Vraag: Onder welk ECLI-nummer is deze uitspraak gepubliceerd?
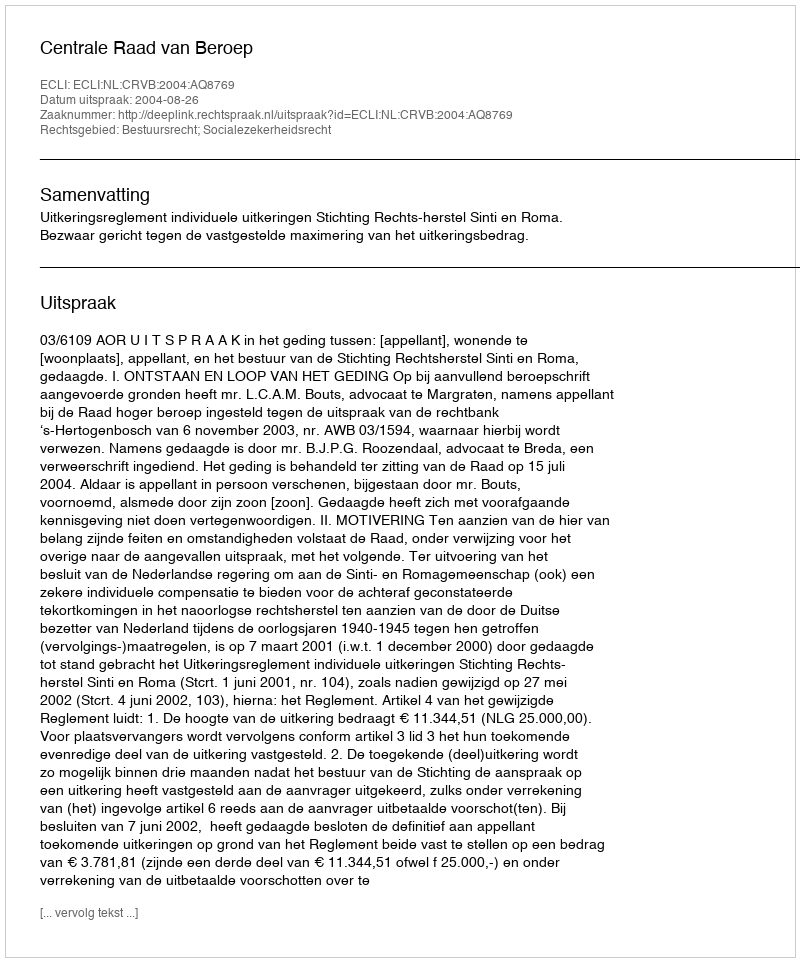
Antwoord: ECLI:NL:CRVB:2004:AQ8769